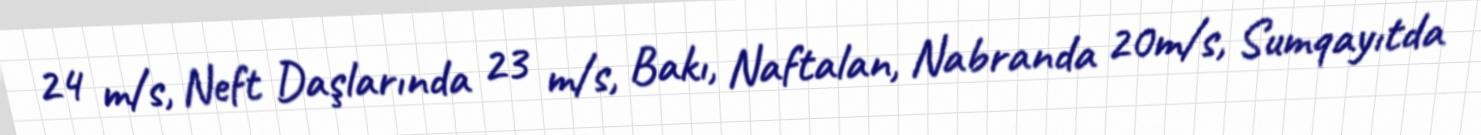
24 m/s, Neft Daşlarında 23 m/s, Bakı, Naftalan, Nabranda 20m/s, Sumqayıtda